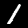
Label: 1